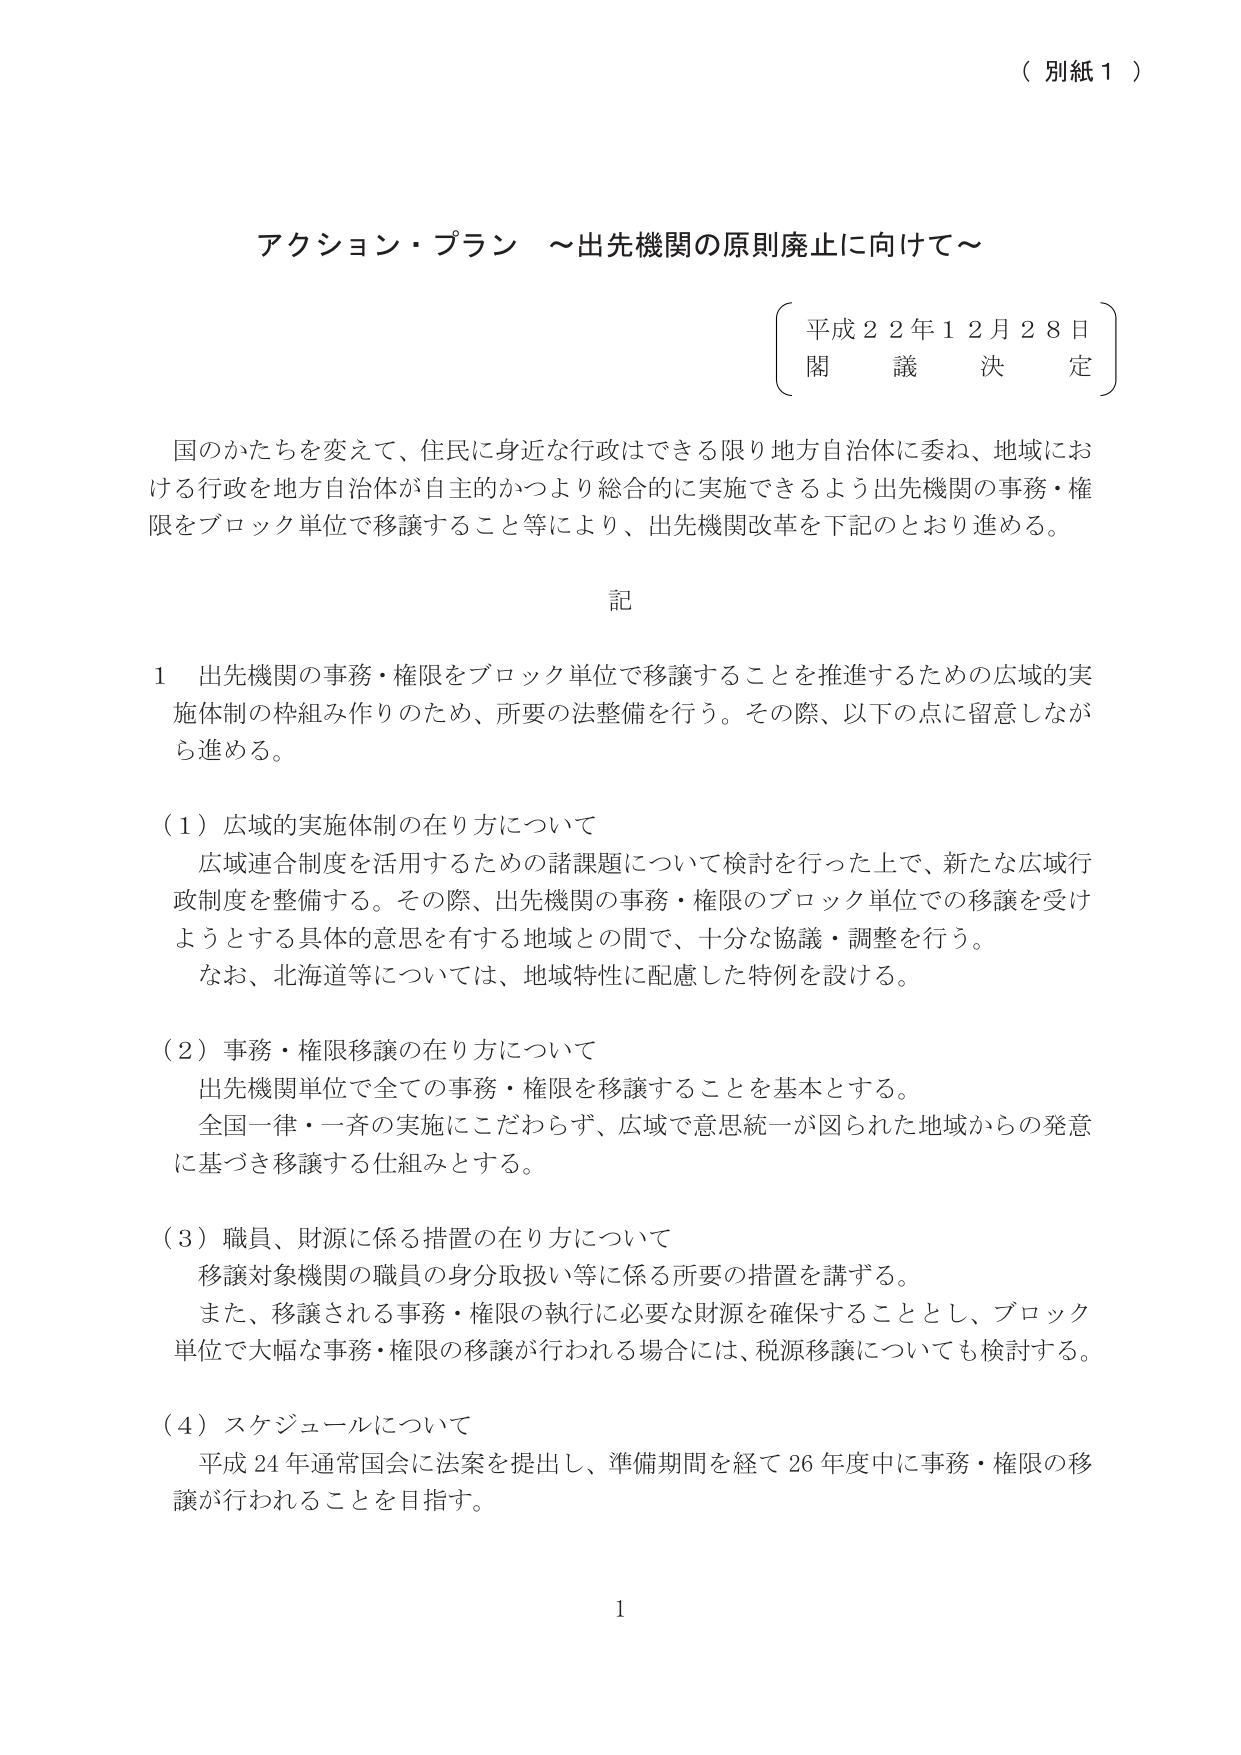
（別紙１）

アクション・プラン ～出先機関の原則廃止に向けて～

平成２２年１２月２８日
閣議決定

国のかたちを変えて、住民に身近な行政はできる限り地方自治体に委ね、地域における行政を地方自治体が自主的かつより総合的に実施できるよう出先機関の事務・権限をブロック単位で移譲すること等により、出先機関改革を下記のとおり進める。

記

１ 出先機関の事務・権限をブロック単位で移譲することを推進するための広域的実施体制の枠組み作りのため、所要の法整備を行う。その際、以下の点に留意しながら進める。

（１）広域的実施体制の在り方について
　広域連合制度を活用するための諸課題について検討を行った上で、新たな広域行政制度を整備する。その際、出先機関の事務・権限のブロック単位での移譲を受けようとする具体的意思を有する地域との間で、十分な協議・調整を行う。
　なお、北海道等については、地域特性に配慮した特例を設ける。

（２）事務・権限移譲の在り方について
　出先機関単位で全ての事務・権限を移譲することを基本とする。
　全国一律・一斉の実施にこだわらず、広域で意思統一が図られた地域からの発意に基づき移譲する仕組みとする。

（３）職員、財源に係る措置の在り方について
　移譲対象機関の職員の身分取扱い等に係る所要の措置を講ずる。
　また、移譲される事務・権限の執行に必要な財源を確保することとし、ブロック単位で大幅な事務・権限の移譲が行われる場合には、税源移譲についても検討する。

（４）スケジュールについて
　平成24年通常国会に法案を提出し、準備期間を経て26年度中に事務・権限の移譲が行われることを目指す。

1